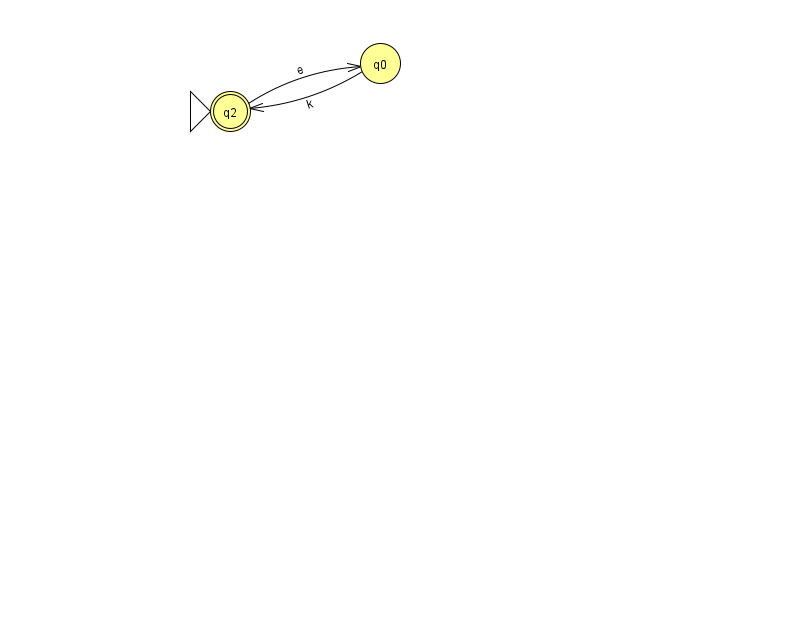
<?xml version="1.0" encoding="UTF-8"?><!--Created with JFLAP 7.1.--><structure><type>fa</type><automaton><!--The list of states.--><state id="0" name="q0"><x>380.0</x><y>50.0</y></state><state id="2" name="q2"><x>230.0</x><y>98.0</y><initial/><final/></state><!--The list of transitions.--><transition><from>2</from><to>0</to><read>e</read></transition><transition><from>0</from><to>2</to><read>k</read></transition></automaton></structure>